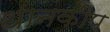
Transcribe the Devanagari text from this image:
धानकीप